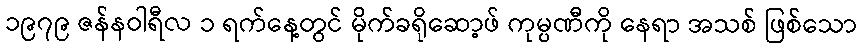
၁၉၇၉ ဇန်နဝါရီလ ၁ ရက်နေ့တွင် မိုက်ခရိုဆော့ဖ် ကုမ္ပဏီကို နေရာ အသစ် ဖြစ်သော